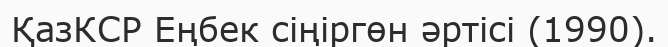
ҚазКСР Еңбек сіңіргөн әртісі (1990).